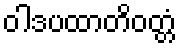
ဝါဒပထာတိဝတ္တံ